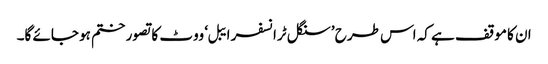
ان کا موقف ہے کہ اس طرح ’سنگل ٹرانسفر ایبل‘ ووٹ کا تصور ختم ہو جائے گا۔